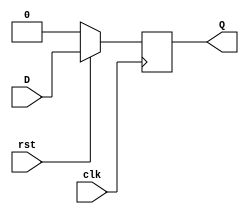
module my_dff(D, clk, Q, rst);

	input D, clk, rst;
	output Q;
	
	reg Qint;

	always @(posedge clk) begin
			
		if (rst) 
			Qint <= D;
		
		else 
			Qint <= 1'b0;
			
	end
		
		assign Q = Qint;

endmodule